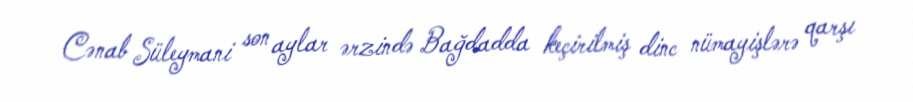
Cənab Süleymani son aylar ərzində Bağdadda keçirilmiş dinc nümayişlərə qarşı